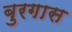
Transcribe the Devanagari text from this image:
बुरगास